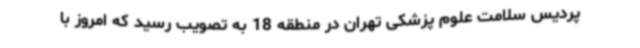
پردیس سلامت علوم پزشکی تهران در منطقه 18 به تصویب رسید که امروز با